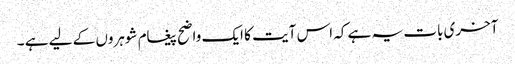
آخری بات یہ ہے کہ اس آیت کا ایک واضح پیغام شوہروں کے لیے ہے ۔